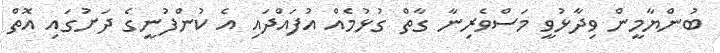
ބުންޔާމީން ވިދާޅުވީ މަސްވެރިނާ ގާތް ގުޅުމެއް އުފައްދައި އެ ކުންފުނީގެ ދަށުގައި އޮތް